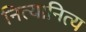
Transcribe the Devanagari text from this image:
नित्यानित्य